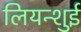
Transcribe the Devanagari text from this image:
लियन्शुई